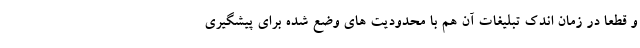
و قطعاً در زمان اندک تبلیغات آن هم با محدودیت های وضع شده برای پیشگیری